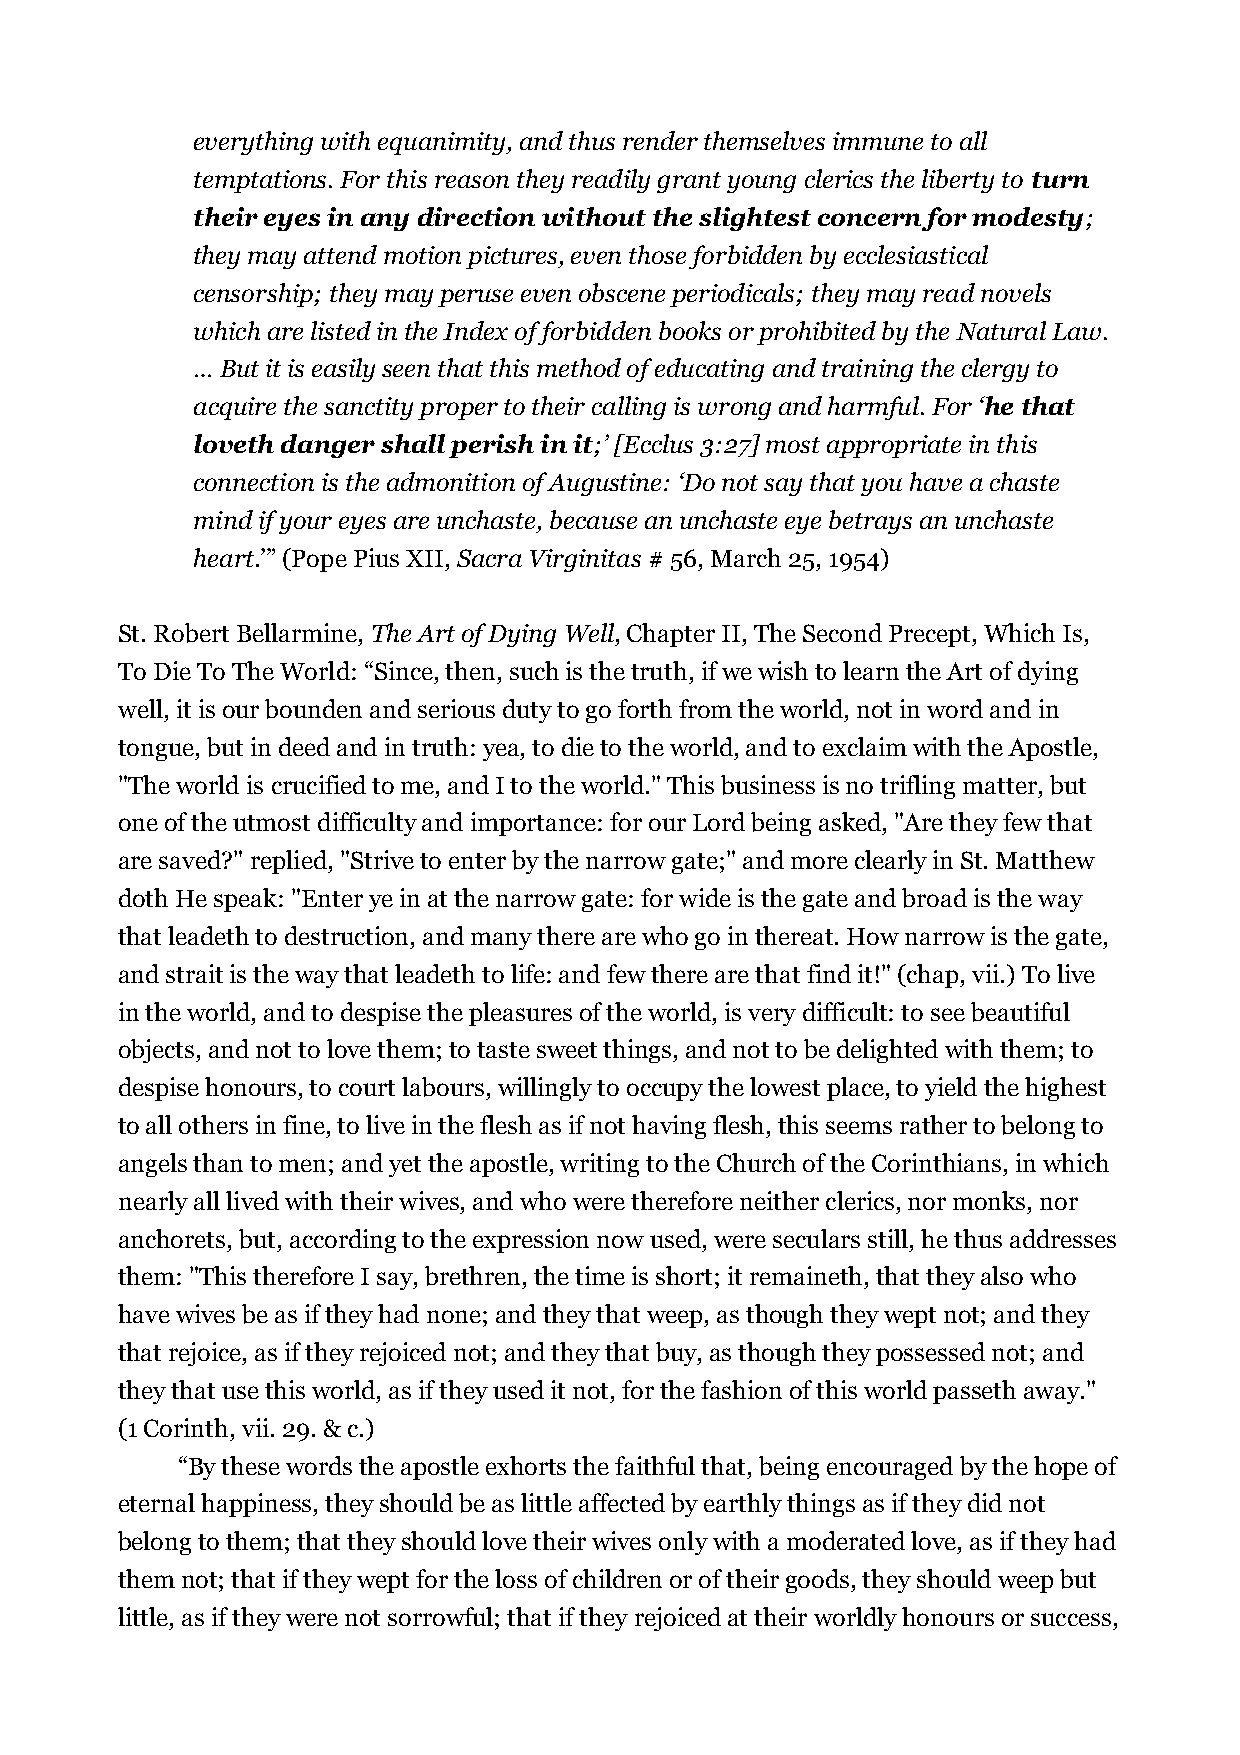
everything with equanimity, and thus render themselves immune to all
 temptations. For this reason they readily grant young clerics the liberty to turn
 their eyes in any direction without the slightest concern for modesty;
 they may attend motion pictures, even those forbidden by ecclesiastical
 censorship; they may peruse even obscene periodicals; they may read novels
 which are listed in the Index of forbidden books or prohibited by the Natural Law.
 … But it is easily seen that this method of educating and training the clergy to
 acquire the sanctity proper to their calling is wrong and harmful. For ‘he that
 loveth danger shall perish in it;’ [Ecclus 3:27] most appropriate in this
 connection is the admonition of Augustine: ‘Do not say that you have a chaste
 mind if your eyes are unchaste, because an unchaste eye betrays an unchaste
 heart.’” (Pope Pius XII, Sacra Virginitas # 56, March 25, 1954)
 St. Robert Bellarmine, The Art of Dying Well, Chapter II, The Second Precept, Which Is,
 To Die To The World: “Since, then, such is the truth, if we wish to learn the Art of dying
 well, it is our bounden and serious duty to go forth from the world, not in word and in
 tongue, but in deed and in truth: yea, to die to the world, and to exclaim with the Apostle,
 "The world is crucified to me, and I to the world." This business is no trifling matter, but
 one of the utmost difficulty and importance: for our Lord being asked, "Are they few that
 are saved?" replied, "Strive to enter by the narrow gate;" and more clearly in St. Matthew
 doth He speak: "Enter ye in at the narrow gate: for wide is the gate and broad is the way
 that leadeth to destruction, and many there are who go in thereat. How narrow is the gate,
 and strait is the way that leadeth to life: and few there are that find it!" (chap, vii.) To live
 in the world, and to despise the pleasures of the world, is very difficult: to see beautiful
 objects, and not to love them; to taste sweet things, and not to be delighted with them; to
 despise honours, to court labours, willingly to occupy the lowest place, to yield the highest
 to all others in fine, to live in the flesh as if not having flesh, this seems rather to belong to
 angels than to men; and yet the apostle, writing to the Church of the Corinthians, in which
 nearly all lived with their wives, and who were therefore neither clerics, nor monks, nor
 anchorets, but, according to the expression now used, were seculars still, he thus addresses
 them: "This therefore I say, brethren, the time is short; it remaineth, that they also who
 have wives be as if they had none; and they that weep, as though they wept not; and they
 that rejoice, as if they rejoiced not; and they that buy, as though they possessed not; and
 they that use this world, as if they used it not, for the fashion of this world passeth away."
 (1 Corinth, vii. 29. & c.)
 “By these words the apostle exhorts the faithful that, being encouraged by the hope of
 eternal happiness, they should be as little affected by earthly things as if they did not
 belong to them; that they should love their wives only with a moderated love, as if they had
 them not; that if they wept for the loss of children or of their goods, they should weep but
 little, as if they were not sorrowful; that if they rejoiced at their worldly honours or success,